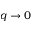
q \rightarrow 0